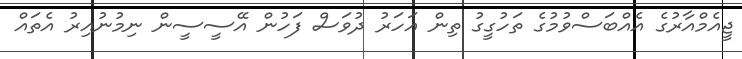
ޖީއެމްއާރުގެ އެއްބަސްވުމުގެ ތަހުގީގު ތިން އަހަރު ދުވަސް ފަހުން އޭސީސީން ނިމުނުއިރު އެތައް